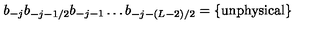
b _ { - j } b _ { - j - 1 / 2 } b _ { - j - 1 } \ldots b _ { - j - ( L - 2 ) / 2 } = \{ \mathrm { u n p h y s i c a l } \}